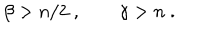
\beta > n / 2 \; , \qquad \gamma > n \; .